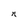
Character: n